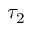
\tau _ { 2 }